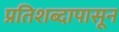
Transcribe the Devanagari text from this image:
प्रतिशब्दापासून